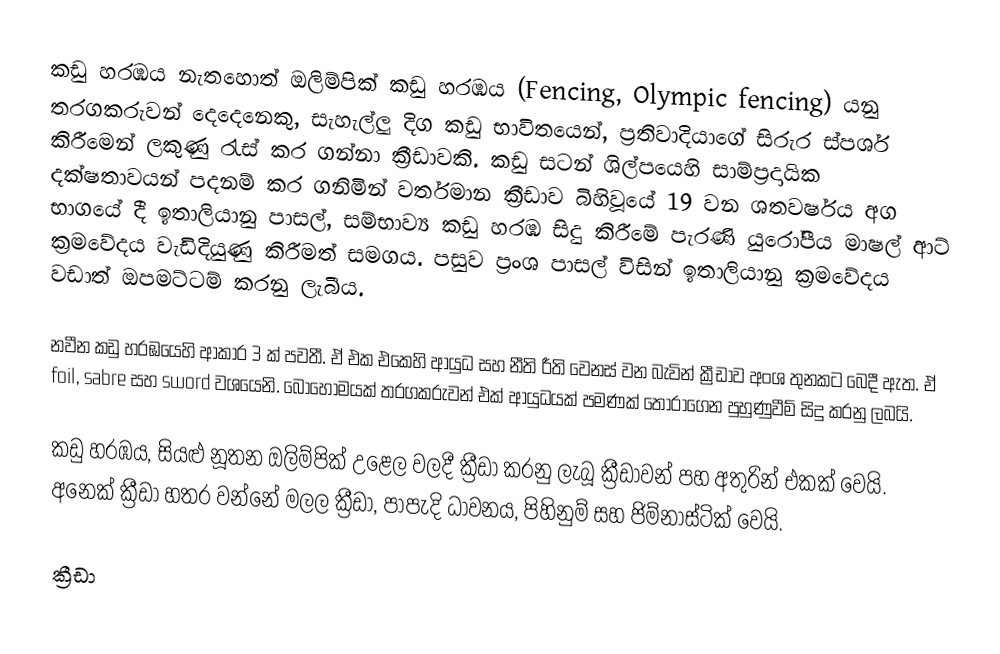
කඩු හරඹය නැතහොත් ඔලිම්පික් කඩු හරඹය (Fencing, Olympic fencing) යනු තරගකරුවන් දෙදෙනෙකු, සැහැල්ලු දිග කඩු භාවිතයෙන්, ප්‍රතිවාදියාගේ සිරුර ස්පර්ශ කිරීමෙන් ලකුණු රැස් කර ගන්නා ක්‍රීඩාවකි. කඩු සටන් ශිල්පයෙහි සාම්ප්‍රදායික දක්ෂතාවයන් පදනම් කර ගනිමින් වර්තමාන ක්‍රීඩාව බිහිවූයේ 19 වන ශතවර්ෂය අග භාගයේ දී ඉතාලියානු පාසල්, සම්භාව්‍ය කඩු හරඹ සිදු කිරීමේ  පැරණි යුරෝපීය මාෂල් ආට් ක්‍රමවේදය වැඩිදියුණු කිරීමත් සමගය. පසුව ප්‍රංශ පාසල් විසින් ඉතාලියානු ක්‍රමවේදය වඩාත් ඔපමට්ටම් කරනු ලැබීය.

නවීන කඩු හරඹයෙහි ආකාර 3 ක් පවතී. ඒ එක එකෙහි ආයුධ සහ නීති රීති වෙනස් වන බැවින් ක්‍රීඩාව අංශ තුනකට බෙදී ඇත. ඒ foil, sabre සහ sword වශයෙනි. බොහෝමයක් තරගකරුවන් එක් ආයුධයක් පමණක් තෝරාගෙන පුහුණුවීම් සිදු කරනු ලබයි.

කඩු හරඹය, සියළු නූතන ඔලිම්පික් උළෙල වලදී ක්‍රීඩා කරනු ලැබූ ක්‍රීඩාවන් පහ අතුරින් එකක් වෙයි. අනෙක් ක්‍රීඩා හතර වන්නේ මලල ක්‍රීඩා, පාපැදි ධාවනය, පිහිනුම් සහ ජිම්නාස්ටික් වෙයි.

ක්‍රීඩා